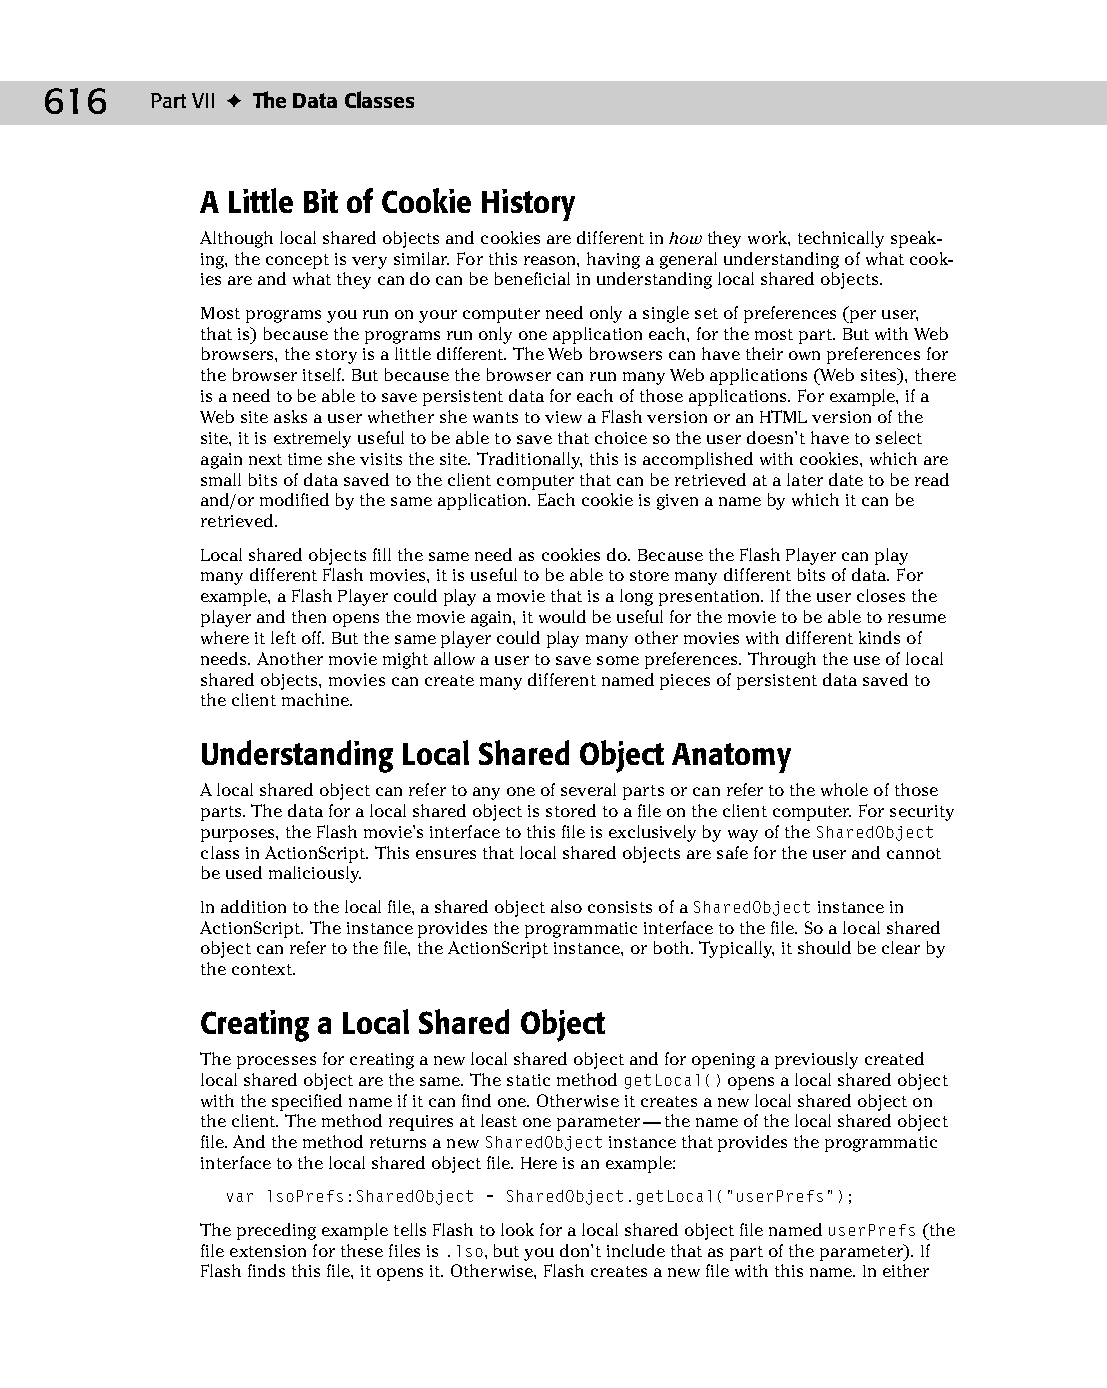
33 543547 ch25.qxd 3/24/04 4:08 PM Page 616
 616    Part VII ✦ The Data Classes
 A Little Bit of Cookie History
 Although local shared objects and cookies are different in how they work, technically speak­
 ing, the concept is very similar. For this reason, having a general understanding of what cook­
 ies are and what they can do can be beneficial in understanding local shared objects.
 Most programs you run on your computer need only a single set of preferences (per user,
 that is) because the programs run only one application each, for the most part. But with Web
 browsers, the story is a little different. The Web browsers can have their own preferences for
 the browser itself. But because the browser can run many Web applications (Web sites), there
 is a need to be able to save persistent data for each of those applications. For example, if a
 Web site asks a user whether she wants to view a Flash version or an HTML version of the
 site, it is extremely useful to be able to save that choice so the user doesn’t have to select
 again next time she visits the site. Traditionally, this is accomplished with cookies, which are
 small bits of data saved to the client computer that can be retrieved at a later date to be read
 and/or modified by the same application. Each cookie is given a name by which it can be
 retrieved.
 Local shared objects fill the same need as cookies do. Because the Flash Player can play
 many different Flash movies, it is useful to be able to store many different bits of data. For
 example, a Flash Player could play a movie that is a long presentation. If the user closes the
 player and then opens the movie again, it would be useful for the movie to be able to resume
 where it left off. But the same player could play many other movies with different kinds of
 needs. Another movie might allow a user to save some preferences. Through the use of local
 shared objects, movies can create many different named pieces of persistent data saved to
 the client machine.
 Understanding Local Shared Object Anatomy
 A local shared object can refer to any one of several parts or can refer to the whole of those
 parts. The data for a local shared object is stored to a file on the client computer. For security
 purposes, the Flash movie’s interface to this file is exclusively by way of the SharedObject
 class in ActionScript. This ensures that local shared objects are safe for the user and cannot
 be used maliciously.
 In addition to the local file, a shared object also consists of a SharedObject instance in
 ActionScript. The instance provides the programmatic interface to the file. So a local shared
 object can refer to the file, the ActionScript instance, or both. Typically, it should be clear by
 the context.
 Creating a Local Shared Object
 The processes for creating a new local shared object and for opening a previously created
 local shared object are the same. The static method getLocal() opens a local shared object
 with the specified name if it can find one. Otherwise it creates a new local shared object on
 the client. The method requires at least one parameter — the name of the local shared object
 file. And the method returns a new SharedObject instance that provides the programmatic
 interface to the local shared object file. Here is an example:
 var lsoPrefs:SharedObject = SharedObject.getLocal(“userPrefs”);
 The preceding example tells Flash to look for a local shared object file named userPrefs (the
 file extension for these files is .lso, but you don’t include that as part of the parameter). If
 Flash finds this file, it opens it. Otherwise, Flash creates a new file with this name. In either